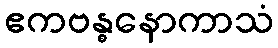
ဧကဗန္ဓနောကာသံ